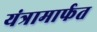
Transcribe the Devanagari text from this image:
यंत्रामार्फत